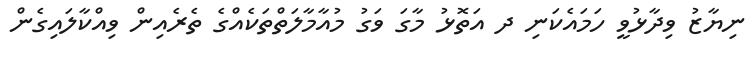
ނިޔާޒު ވިދާޅުވީ ހަމައެކަނި ދ އަތޮޅު މާގަ ވަގު މުއާމާލަތްތަކެއްގެ ތެރެއިން ވިއްކާލައިގެން